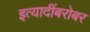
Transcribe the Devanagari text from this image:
इत्यादींबरोबर